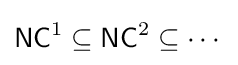
{\mathsf {NC}}^{1}\subseteq {\mathsf {NC}}^{2}\subseteq \cdots